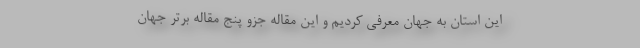
این استان به جهان معرفی کردیم و این مقاله جزو پنج مقاله برتر جهان